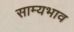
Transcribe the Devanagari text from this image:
साम्यभाव